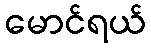
မောင်ရယ်